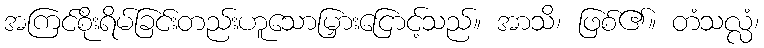
အကြင်စိုးရိမ်ခြင်းတည်းဟူသောမြှားငြောင့်သည်။ အာသိ၊ ဖြစ်၏။ တံသလ္လံ၊